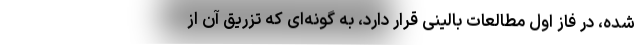
شده، در فاز اول مطالعات بالینی قرار دارد، به گونه‌ای که تزریق آن از